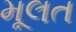
મૂલત